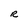
Character: R